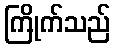
ကြိုက်သည်